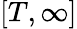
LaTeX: [T,\infty]